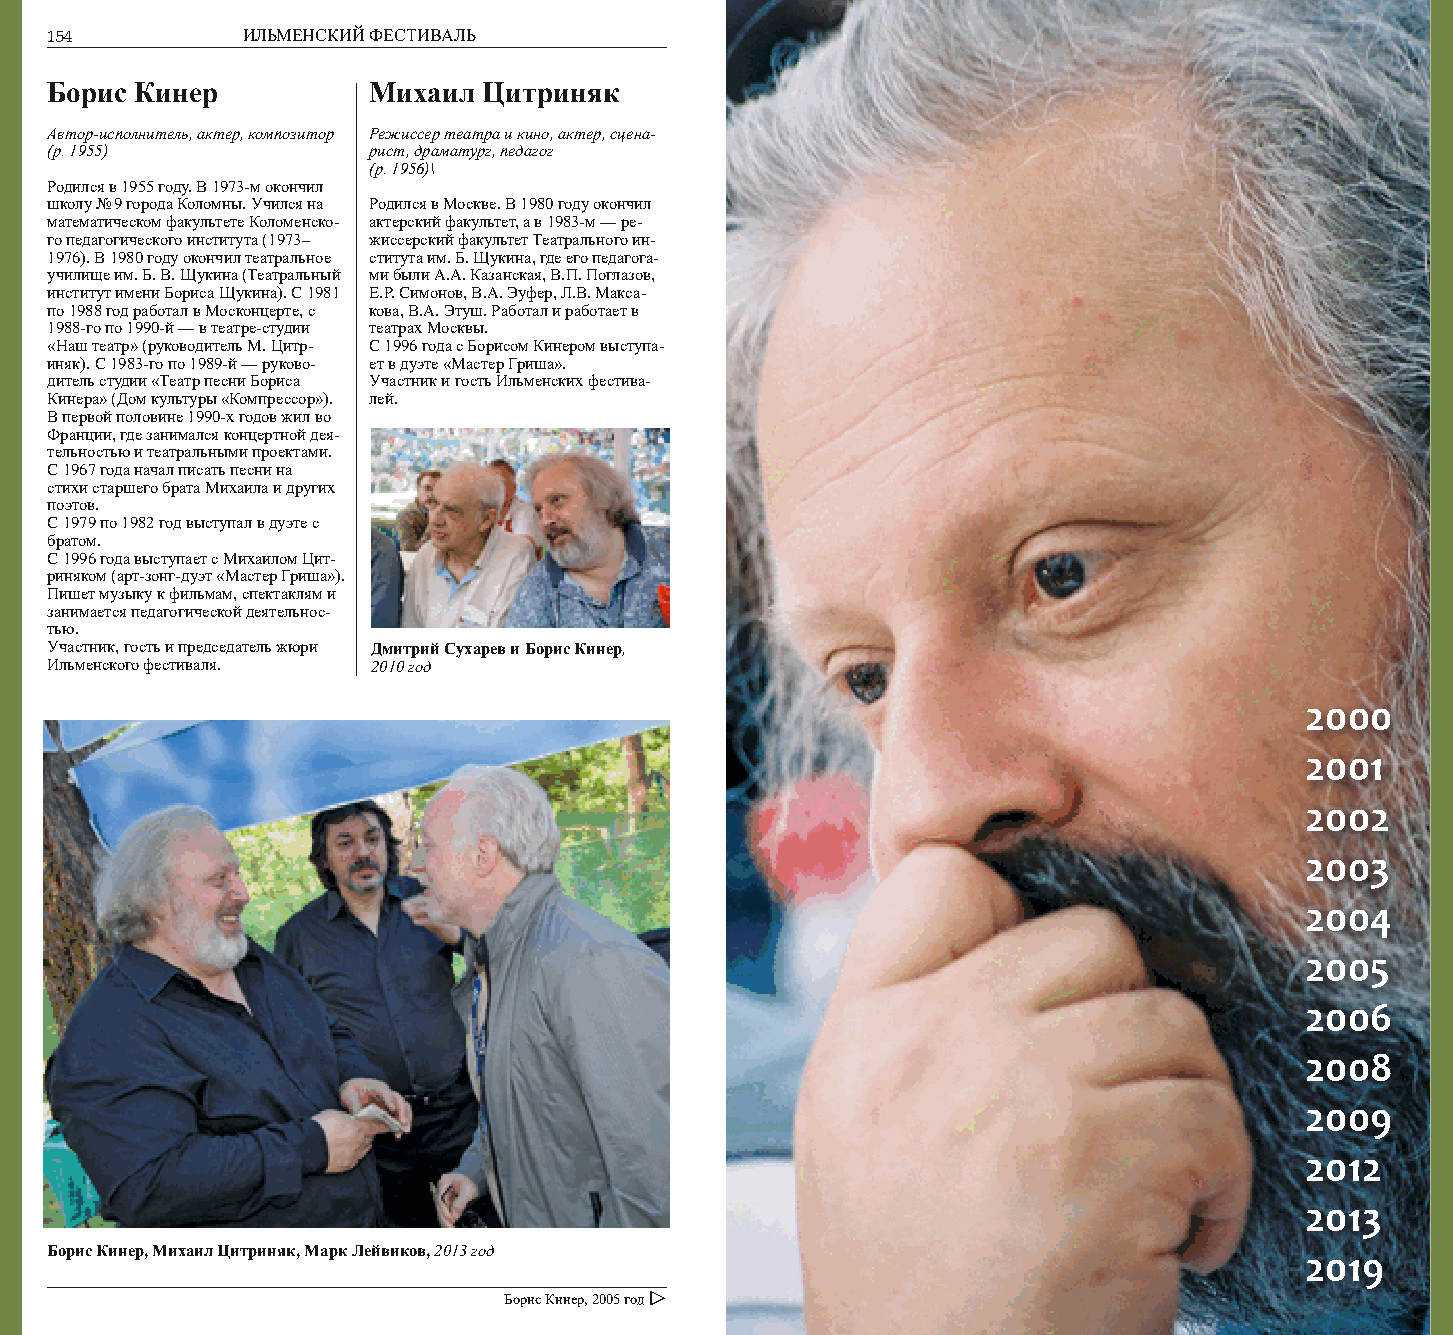
154          ИЛЬМЕНСКИЙ ФЕСТИВАЛЬ                                                       155
 Борис Кинер          Михаил  Цитриняк
 Автор-исполнитель, актер, композитор Режиссер театра и кино, актер, сцена-
 (р. 1955)            рист, драматург, педагог
 (р. 1956)\
 Родился в 1955 году. В 1973-м окончил
 школу № 9 города Коломны. Учился на Родился в Москве. В 1980 году окончил
 математическом факультете Коломенско- актерский факультет, а в 1983-м — ре-
 го педагогического института (1973– жиссерский факультет Театрального ин-
 1976). В 1980 году окончил театральное ститута им. Б. Щукина, где его педагога-
 училище им. Б. В. Щукина (Театральный ми были А.А. Казанская, В.П. Поглазов,
 институт имени Бориса Щукина). С 1981 Е.Р. Симонов, В.А. Эуфер, Л.В. Макса-
 по 1988 год работал в Москонцерте, с кова, В.А. Этуш. Работал и работает в
 1988-го по 1990-й — в театре-студии театрах Москвы.
 «Наш театр» (руководитель М. Цитр- С 1996 года с Борисом Кинером выступа-
 иняк). С 1983-го по 1989-й — руково- ет в дуэте «Мастер Гриша».
 дитель студии «Театр песни Бориса Участник и гость Ильменских фестива-
 Кинера» (Дом культуры «Компрессор»). лей.
 В первой половине 1990-х годов жил во
 Франции, где занимался концертной дея-
 тельностью и театральными проектами.
 С 1967 года начал писать песни на
 стихи старшего брата Михаила и других
 поэтов.
 С 1979 по 1982 год выступал в дуэте с
 братом.
 С 1996 года выступает с Михаилом Цит-
 риняком (арт-зонг-дуэт «Мастер Гриша»).
 Пишет музыку к фильмам, спектаклям и
 занимается педагогической деятельнос-
 тью.
 Участник, гость и председатель жюри Дмитрий Сухарев и Борис Кинер,
 Ильменского фестиваля. 2010 год
 2000
 2001
 2002
 2003
 2004
 2005
 2006
 2008
 2009
 2012
 2013
 Борис Кинер, Михаил Цитриняк, Марк Лейвиков, 2013 год                              2019
 Борис Кинер, 2005 год